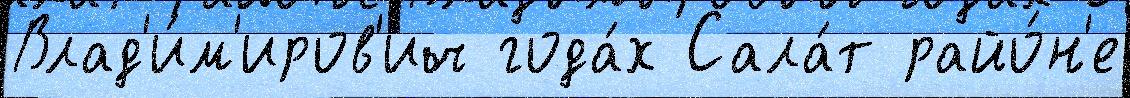
Влад'и́м'иров'ич года́х Сала́т райо́н'е